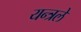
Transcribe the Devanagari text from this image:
यन्त्रले